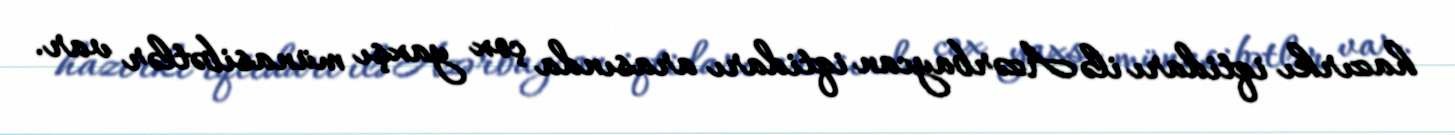
hazırkı iqtidarı ilə Azərbaycan iqtidarı arasında çox yaxşı münasibətlər var.